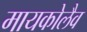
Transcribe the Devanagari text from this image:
मायकोलैव